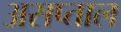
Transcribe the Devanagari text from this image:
असप्ताल